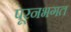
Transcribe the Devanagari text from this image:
पूरनभगत